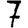
Digit: 7